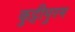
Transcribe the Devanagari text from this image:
कुट्टीपुरम